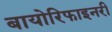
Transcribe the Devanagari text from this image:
बायोरिफाइनरी